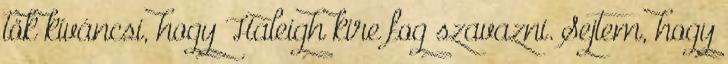
tök kíváncsi, hogy Haleigh kire fog szavazni. Sejtem, hogy